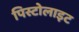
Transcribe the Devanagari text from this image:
पिस्टोलाइट